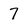
Character: 7